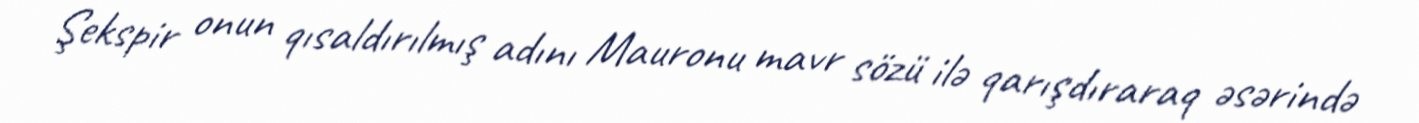
Şekspir onun qısaldırılmış adını Mauronu mavr sözü ilə qarışdıraraq əsərində